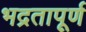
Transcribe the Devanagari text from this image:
भद्रतापूर्ण